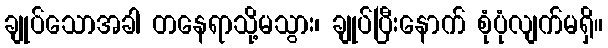
ချုပ်သောအခါ တနေရာသို့မသွား၊ ချုပ်ပြီးနောက် စုံပုံလျက်မရှိ။